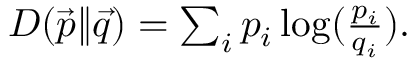
\begin{array} { r } { D ( \vec { p } \| \vec { q } ) = \sum _ { i } p _ { i } \log ( \frac { p _ { i } } { q _ { i } } ) . } \end{array}